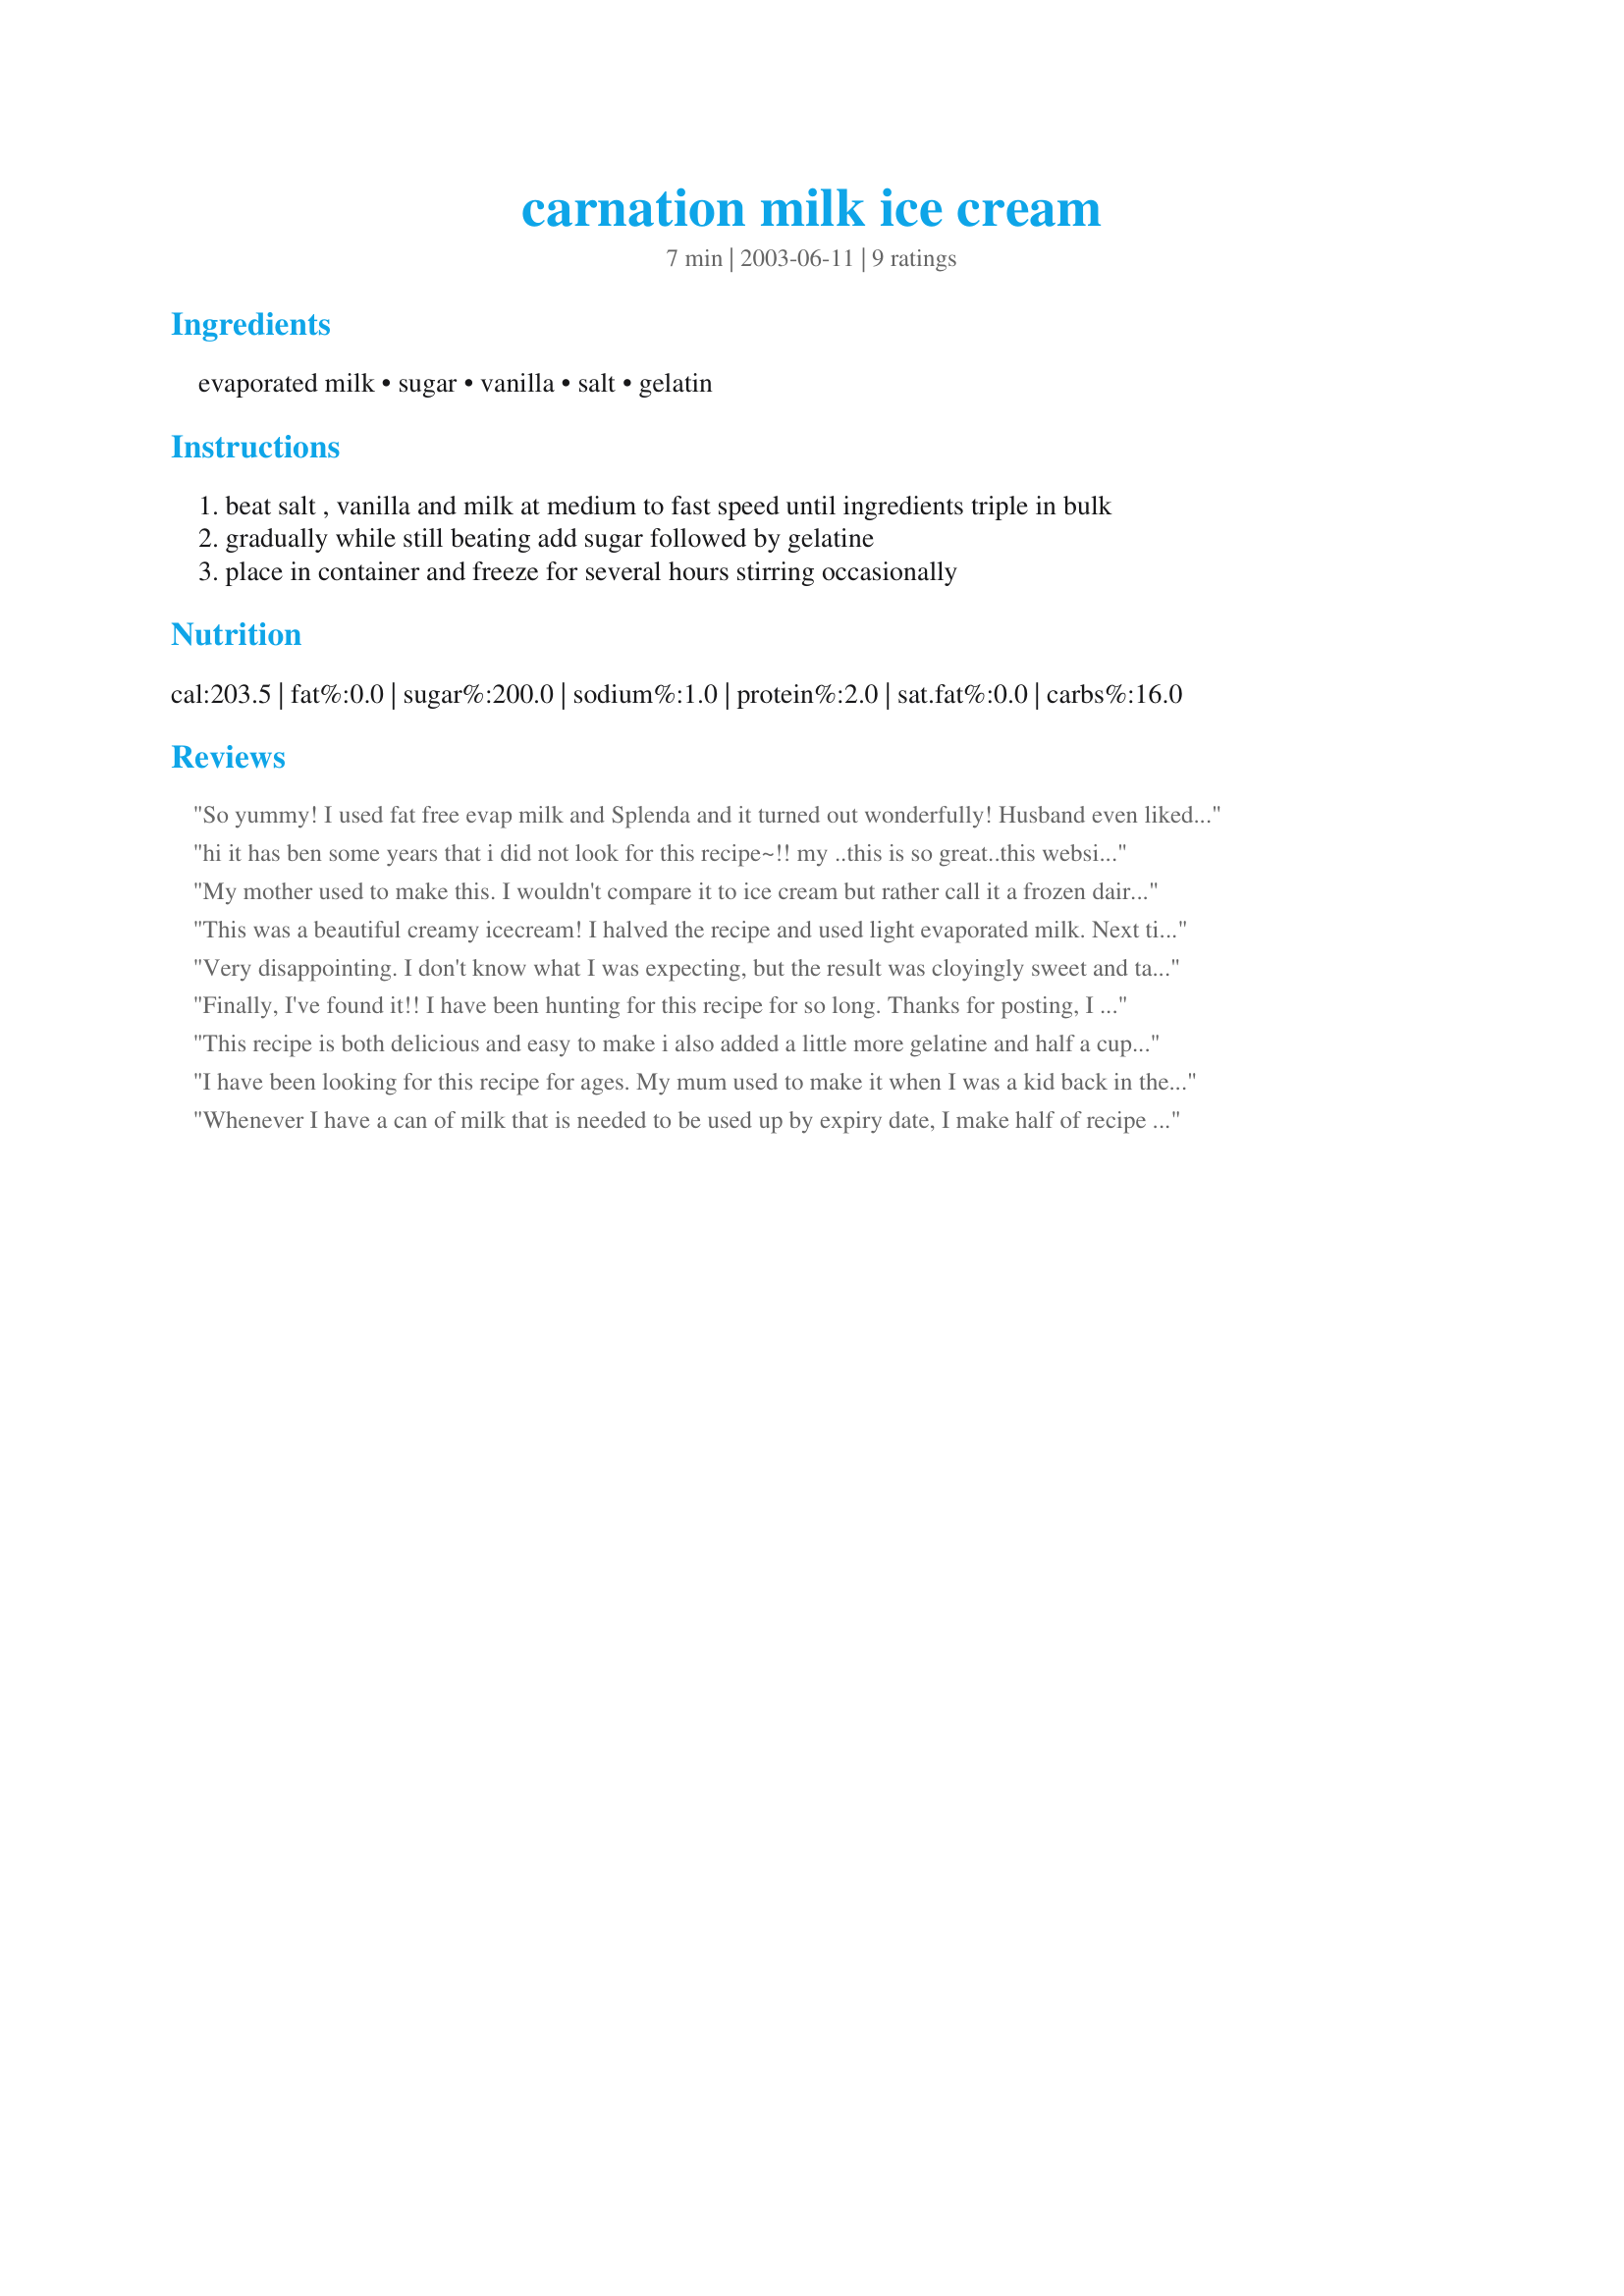
carnation milk ice cream
Preparation time: 7 minutes

Ingredients:
evaporated milk, sugar, vanilla, salt, gelatin

Steps:
beat salt , vanilla and milk at medium to fast speed until ingredients triple in bulk
gradually while still beating add sugar followed by gelatine
place in container and freeze for several hours stirring occasionally

Reviews:
So yummy! I used fat free evap milk and Splenda and it turned out wonderfully! Husband even liked it!
hi it has ben some years that i did not look for this recipe~!! my ..this is so great..this website is incrediable!! Thank you for sharing this very good and old recipe!!
My mother used to make this. I wouldn't compare it to ice cream but rather call it a frozen dairy dessert. I added some pureed fresh peaches that were getting a bit soft, and a little cinnamon. Delicious and light, since this is mostly air. Air doesn't have any calories either!
This was a beautiful creamy icecream! I halved the recipe and used light evaporated milk. Next time I might rry using splenda to cut down on calories again. A definate keeper!
Very disappointing. I don't know what I was expecting, but the result was cloyingly sweet and tasted strongly of the can. I think I'll stick to the recipe that calls for real cream.
Finally, I've found it!! I have been hunting for this recipe for so long. Thanks for posting, I will now go and make copious quantities of it. Yummy!!!
This recipe is both delicious and easy to make i also added a little more gelatine and half a cup of baily's irish cream yum
I have been looking for this recipe for ages. My mum used to make it when I was a kid back in the fifties and it is sensational ice cream. I tried a variation with 1 can of Lite Carnation milk and 1 can of creamy carnation milk (both evaporated of course) and it tastes just as good.

Regards,
Peter O'Neill SYDNEY, AUST.
Whenever I have a can of milk that is needed to be used up by expiry date, I make half of recipe in my icecream maker. It is not a super hard icecream but it is tasty and easy and delicious when topped with a sauce and nuts. Thank you...it is also an economical recipe as cream is getting very costly. Thank you for submitting this classic.
